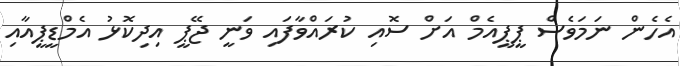
އެހެން ނަމަވެސް ޕީޕީއެމް އަށް ސޮއި ކުރައްވާފައި ވަނީ ޖޭޕީ އިދިކޮޅު އެމްޑީޕީއާއި